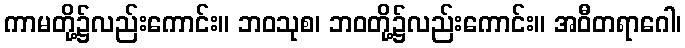
ကာမတို့၌လည်းကောင်း။ ဘဝသုစ၊ ဘဝတို့၌လည်းကောင်း။ အဝီတရာဂေါ၊